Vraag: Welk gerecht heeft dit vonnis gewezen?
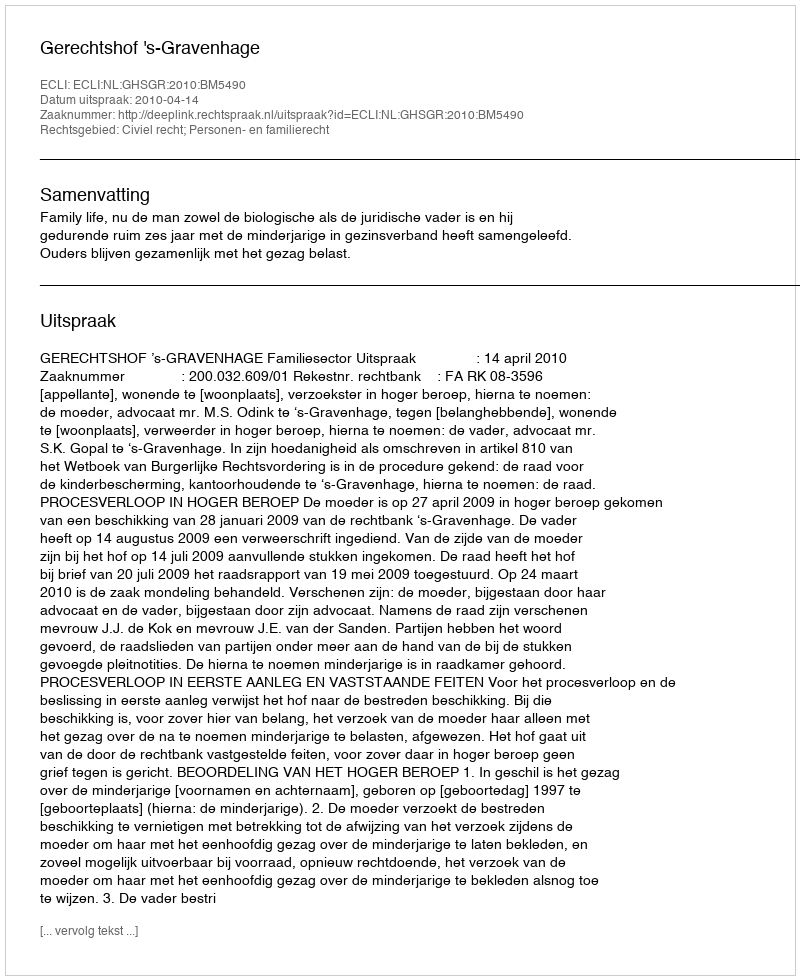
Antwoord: Gerechtshof 's-Gravenhage